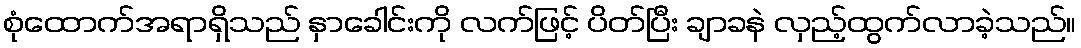
စုံထောက်အရာရှိသည် နှာခေါင်းကို လက်ဖြင့် ပိတ်ပြီး ချာခနဲ လှည့်ထွက်လာခဲ့သည်။